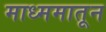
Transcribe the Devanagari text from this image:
माध्ममातून